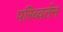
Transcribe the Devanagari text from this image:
परिब्वर्तन